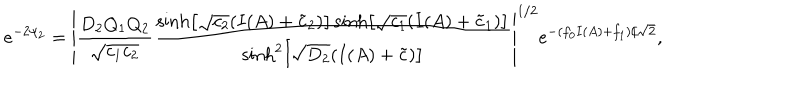
e ^ { - 2 \psi _ { 2 } } = \left| \frac { D _ { 2 } Q _ { 1 } Q _ { 2 } } { \sqrt { c _ { 1 } c _ { 2 } } } \frac { \sinh \left[ \sqrt { c _ { 2 } } ( I ( A ) + \tilde { c } _ { 2 } ) \right] \sinh \left[ \sqrt { c _ { 1 } } ( I ( A ) + \tilde { c } _ { 1 } ) \right] } { \sinh ^ { 2 } \left[ \sqrt { D _ { 2 } } ( I ( A ) + \tilde { c } ) \right] } \right| ^ { 1 / 2 } e ^ { - ( f _ { 0 } I ( A ) + f _ { 1 } ) / \sqrt { 2 } } ,